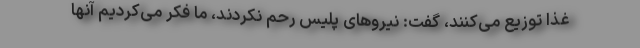
غذا توزیع می‌کنند، گفت: نیروهای پلیس رحم نکردند، ما فکر می‌کردیم آنها